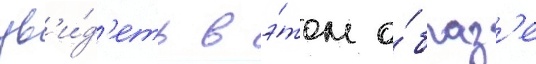
ув'и́д'еть в э́том о́браз'е